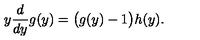
y \frac { d } { d y } g ( y ) = \bigl ( g ( y ) - 1 \bigr ) h ( y ) .